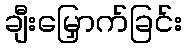
ချီးမြှောက်ခြင်း